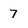
Character: 7